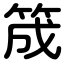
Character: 筬